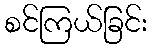
စင်ကြယ်ခြင်း